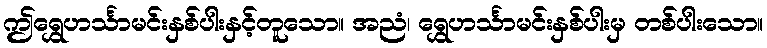
ဤရွှေဟင်္သာမင်းနှစ်ပါးနှင့်တူသော။ အညံ၊ ရွှေဟင်္သာမင်းနှစ်ပါးမှ တစ်ပါးသော။